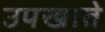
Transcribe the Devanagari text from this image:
उपखाते